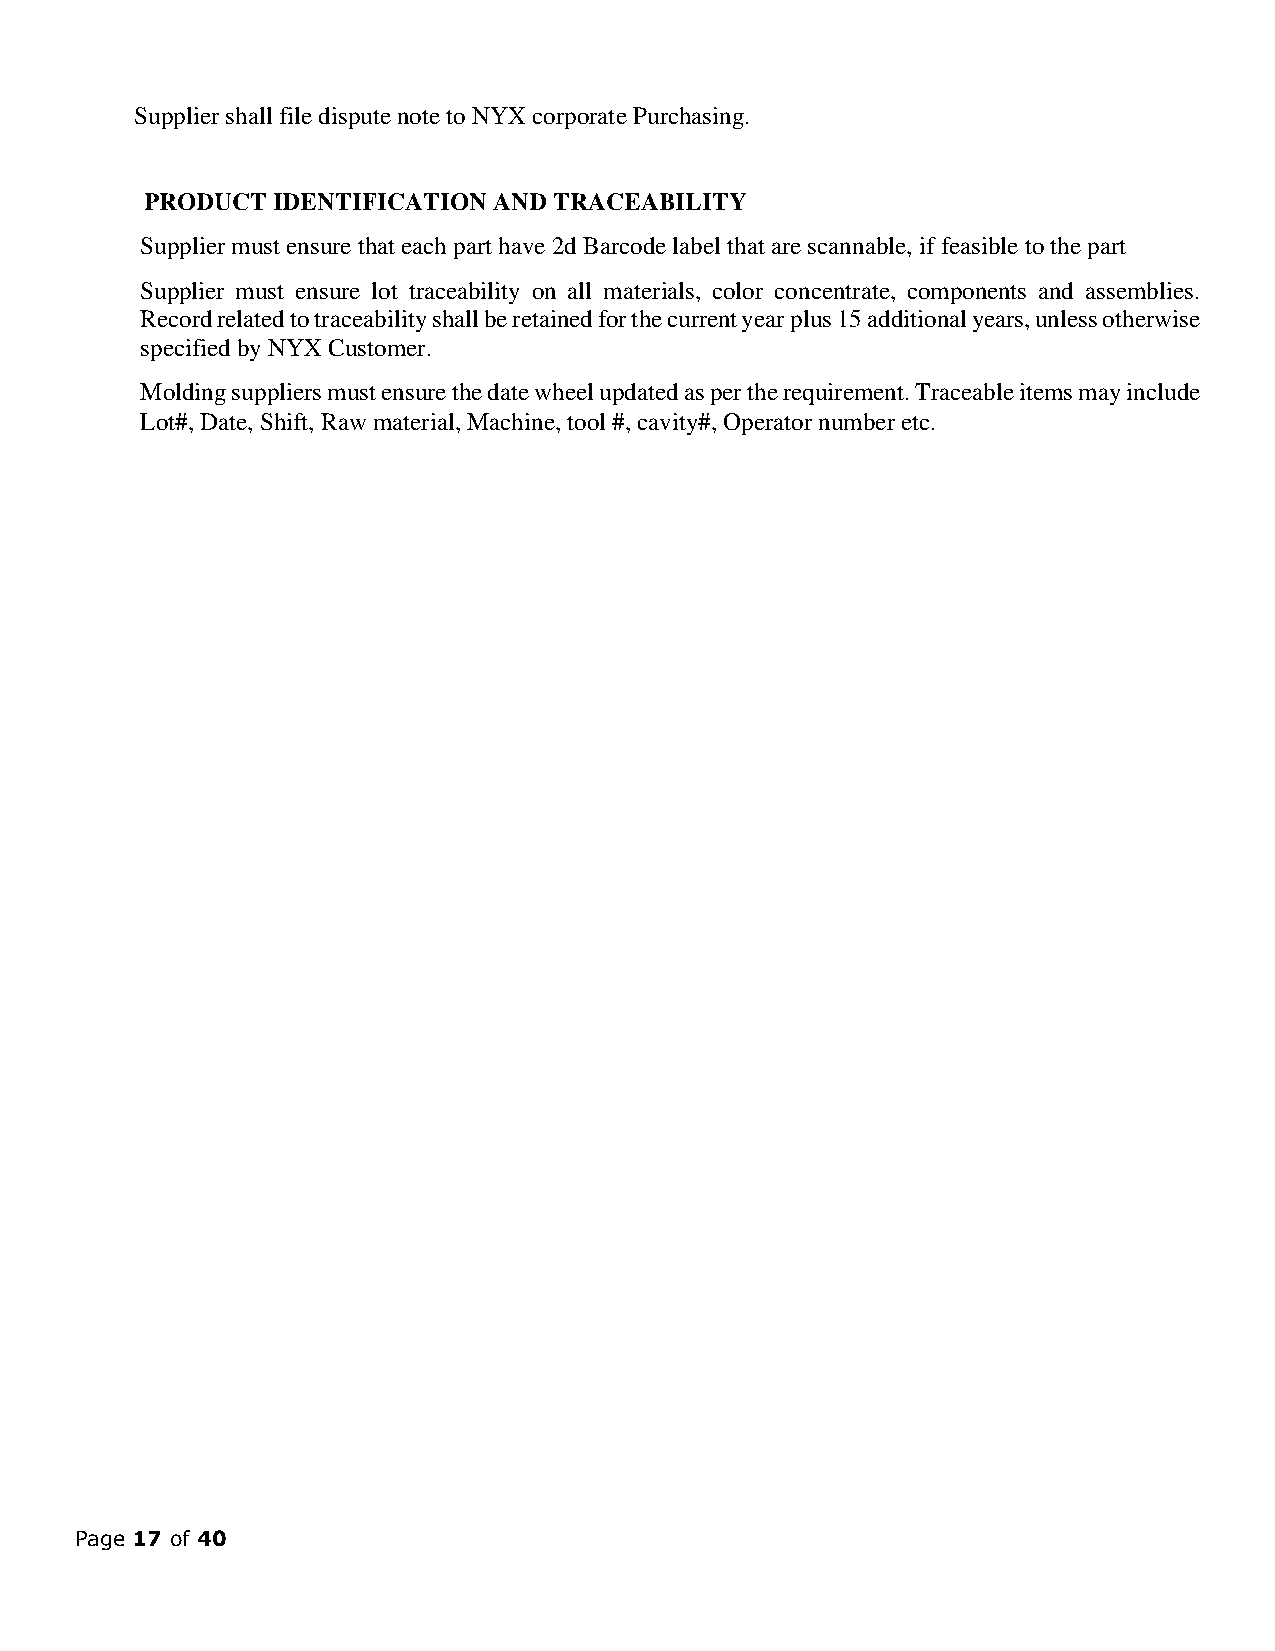
Supplier shall file dispute note to NYX corporate Purchasing.
 PRODUCT IDENTIFICATION AND TRACEABILITY
 Supplier must ensure that each part have 2d Barcode label that are scannable, if feasible to the part
 Supplier must ensure lot traceability on all materials, color concentrate, components and assemblies.
 Record related to traceability shall be retained for the current year plus 15 additional years, unless otherwise
 specified by NYX Customer.
 Molding suppliers must ensure the date wheel updated as per the requirement. Traceable items may include
 Lot#, Date, Shift, Raw material, Machine, tool #, cavity#, Operator number etc.
 Page 17 of 40